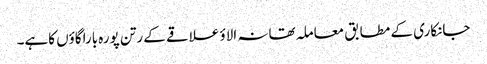
جانکاری کے مطابق معاملہ تھانہ الاؤ علاقے کے رتن پورہ باراگاؤں کاہے۔